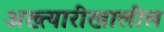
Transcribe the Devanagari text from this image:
अख्त्यारीखालील